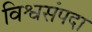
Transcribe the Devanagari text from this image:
विश्वसंपदा